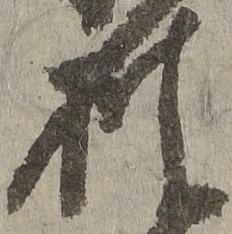
披